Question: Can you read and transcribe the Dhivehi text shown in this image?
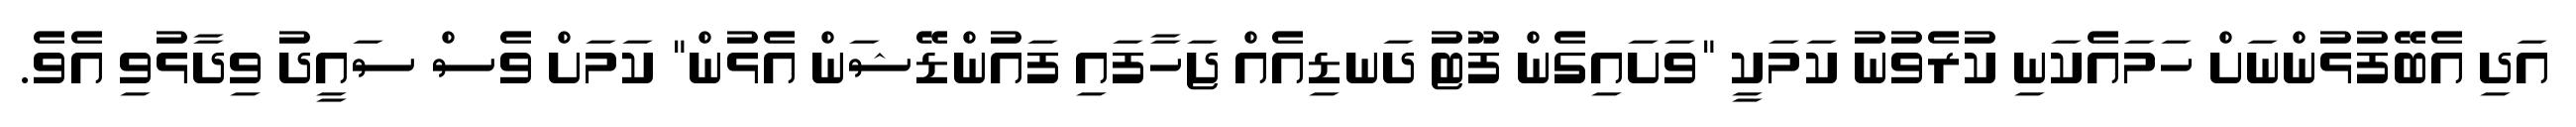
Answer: އަދި އެބޭފުޅުންނަށް ހަމައެކަނި ކުރެވުނު ކަމަކީ "ވަށައިގެން ފޫޓު ދަނޑިއެއް ޖަހާފައި ފައުންޑޭޝަން އެޅުން" ކަމަށް ވެސް ސައީދު ވިދާޅުވި އެވެ.